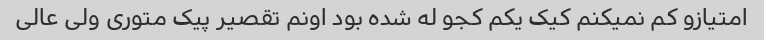
امتیازو کم نمیکنم کیک یکم کجو له شده بود اونم تقصیر پیک متوری ولی عالی